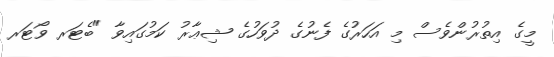
މީގެ އިތުރުންވެސް މި އަހަރުގެ ފެނުގެ ދުވަހުގެ ޝިޢާރު ކަމުގައިވާ "ބެޓަރ ވޯޓަރ